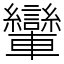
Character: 𨏶